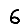
Digit: 6